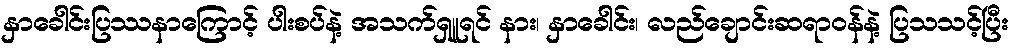
နှာခေါင်းပြဿနာကြောင့် ပါးစပ်နဲ့ အသက်ရှူရင် နား၊ နှာခေါင်း၊ လည်ချောင်းဆရာဝန်နဲ့ ပြသသင့်ပြီး